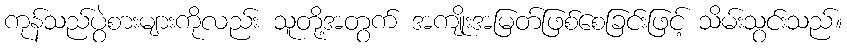
ကုန်သည်ပွဲစားများကိုလည်း သူတို့အတွက် အကျိုးအမြတ်ဖြစ်စေခြင်းဖြင့် သိမ်းသွင်းသည်။